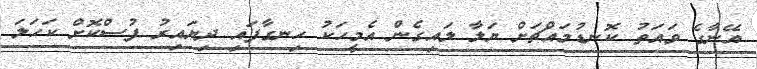
އޭނާގެ ވައަތު ކޮނޑުމައްޗަށް ޔަލާ ލައިގެން އެމީހަކު ހިނގާފައި ދިޔައިރު ފުސްކޮށް ކަހަލަ